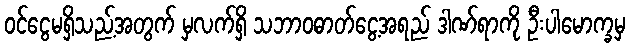
ဝင်ငွေမရှိသည့်အတွက် မှလက်ရှိ သဘာဝဓာတ်ငွေ့အရည် ဒါဏ်ရာကို ဦးပါမောက္ခမှ